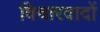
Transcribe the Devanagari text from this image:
विचारवादों